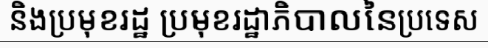
និងប្រមុខរដ្ឋ ប្រមុខរដ្ឋាភិបាលនៃប្រទេស